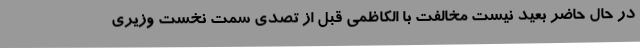
در حال حاضر بعید نیست مخالفت با الکاظمی قبل از تصدی سمت نخست وزیری